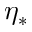
\eta _ { * }